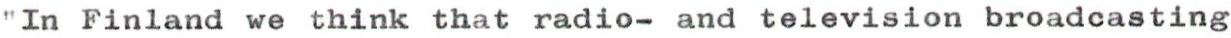
"In Finland we think that radio- and television broadcasting